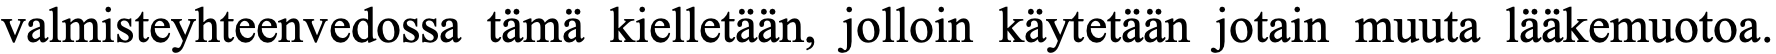
valmisteyhteenvedossa tämä kielletään, jolloin käytetään jotain muuta lääkemuotoa.